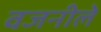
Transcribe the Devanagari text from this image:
वजनीले